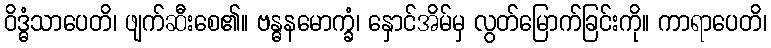
ဝိဒ္ဓံသာပေတိ၊ ဖျက်ဆီးစေ၏။ ဗန္ဓနမောက္ခံ၊ နှောင်အိမ်မှ လွတ်မြောက်ခြင်းကို။ ကာရာပေတိ၊